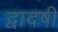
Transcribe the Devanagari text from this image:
द्वादषी